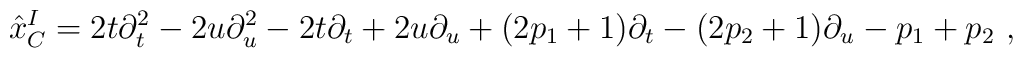
{\hat x}_C^I= 2t \partial^2_t - 2u \partial^2_u - 2t\partial_t + 2u\partial_u + (2p_1+1) \partial_t - (2p_2+1) \partial_u - p_1 + p_2\ ,